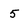
Character: 5